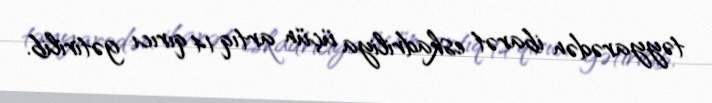
təyyarədən ibarət eskadriliya üçün artıq 14 qırıcı gətirilib.